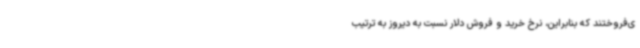
ی‌فروختند که بنابراین، نرخ خرید و فروش دلار نسبت به دیروز به ترتیب